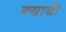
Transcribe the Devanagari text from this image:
न्यायो